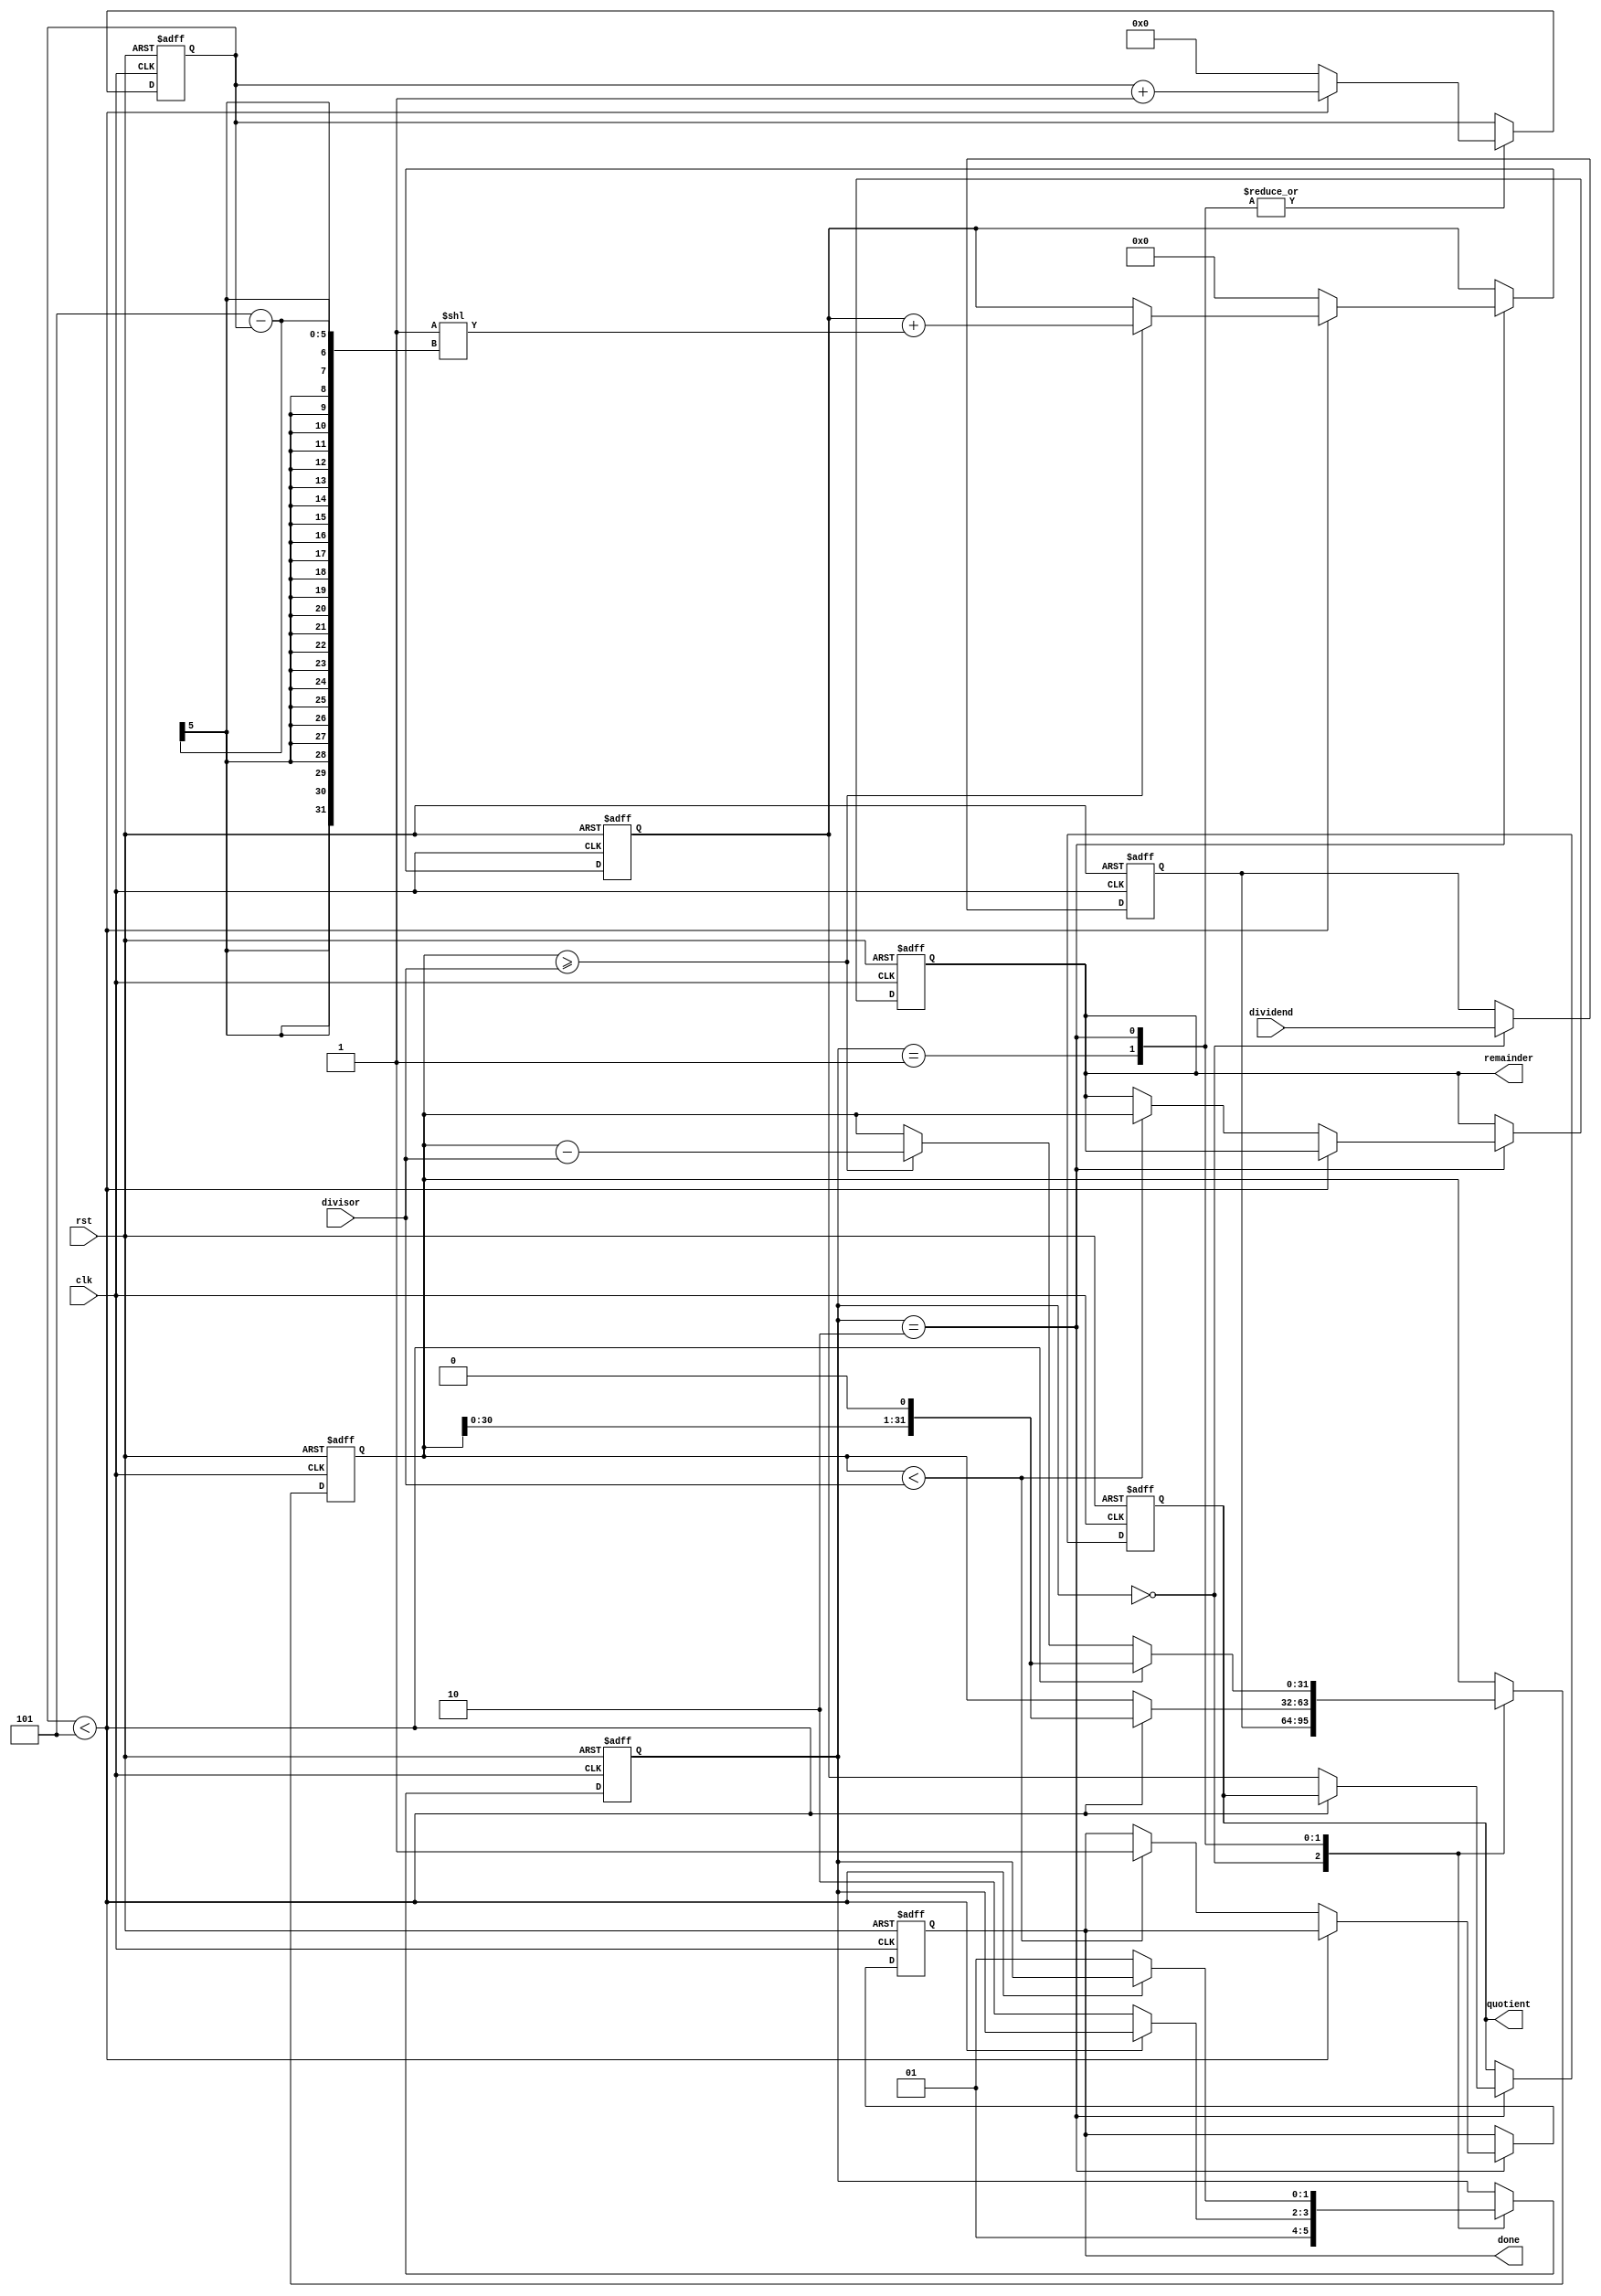
module ShiftAndSubtractDivider (
  input wire clk,
  input wire rst,
  input wire [31:0] dividend,
  input wire [31:0] divisor,
  output reg [31:0] quotient,
  output reg [31:0] remainder,
  output reg done
);

reg [31:0] temp_dividend;
reg [31:0] temp_remainder;
reg [4:0] shift_count;
reg [31:0] partial_quotient;
reg [1:0] control_state;

always @ (posedge clk or posedge rst) begin
  if (rst) begin
    control_state <= 2'b00;
    shift_count <= 5'b0;
    temp_dividend <= 32'b0;
    temp_remainder <= 32'b0;
    partial_quotient <= 32'b0;
    quotient <= 32'b0;
    remainder <= 32'b0;
    done <= 1'b0;
  end else begin
    case (control_state)
      2'b00: begin
        temp_dividend <= dividend;
        temp_remainder <= temp_dividend;
        control_state <= 2'b01;
      end
      2'b01: begin
        if (shift_count < 5) begin
          temp_remainder <= temp_remainder << 1;
          shift_count <= shift_count + 1;
        end else begin
          shift_count <= 5'b0;
          control_state <= 2'b10;
        end
      end
      2'b10: begin
        if (temp_remainder >= divisor) begin
          temp_remainder <= temp_remainder - divisor;
          partial_quotient <= partial_quotient + (1 << (5 - shift_count));
        end
        if (shift_count < 5) begin
          temp_remainder <= temp_remainder << 1;
          shift_count <= shift_count + 1;
        end else begin
          quotient <= partial_quotient;
          partial_quotient <= 32'b0;
          if (temp_remainder < divisor) begin
            remainder <= temp_remainder;
            done <= 1'b1;
          end
          shift_count <= 5'b0;
          control_state <= 2'b01;
        end
      end
    endcase
  end
end
endmodule